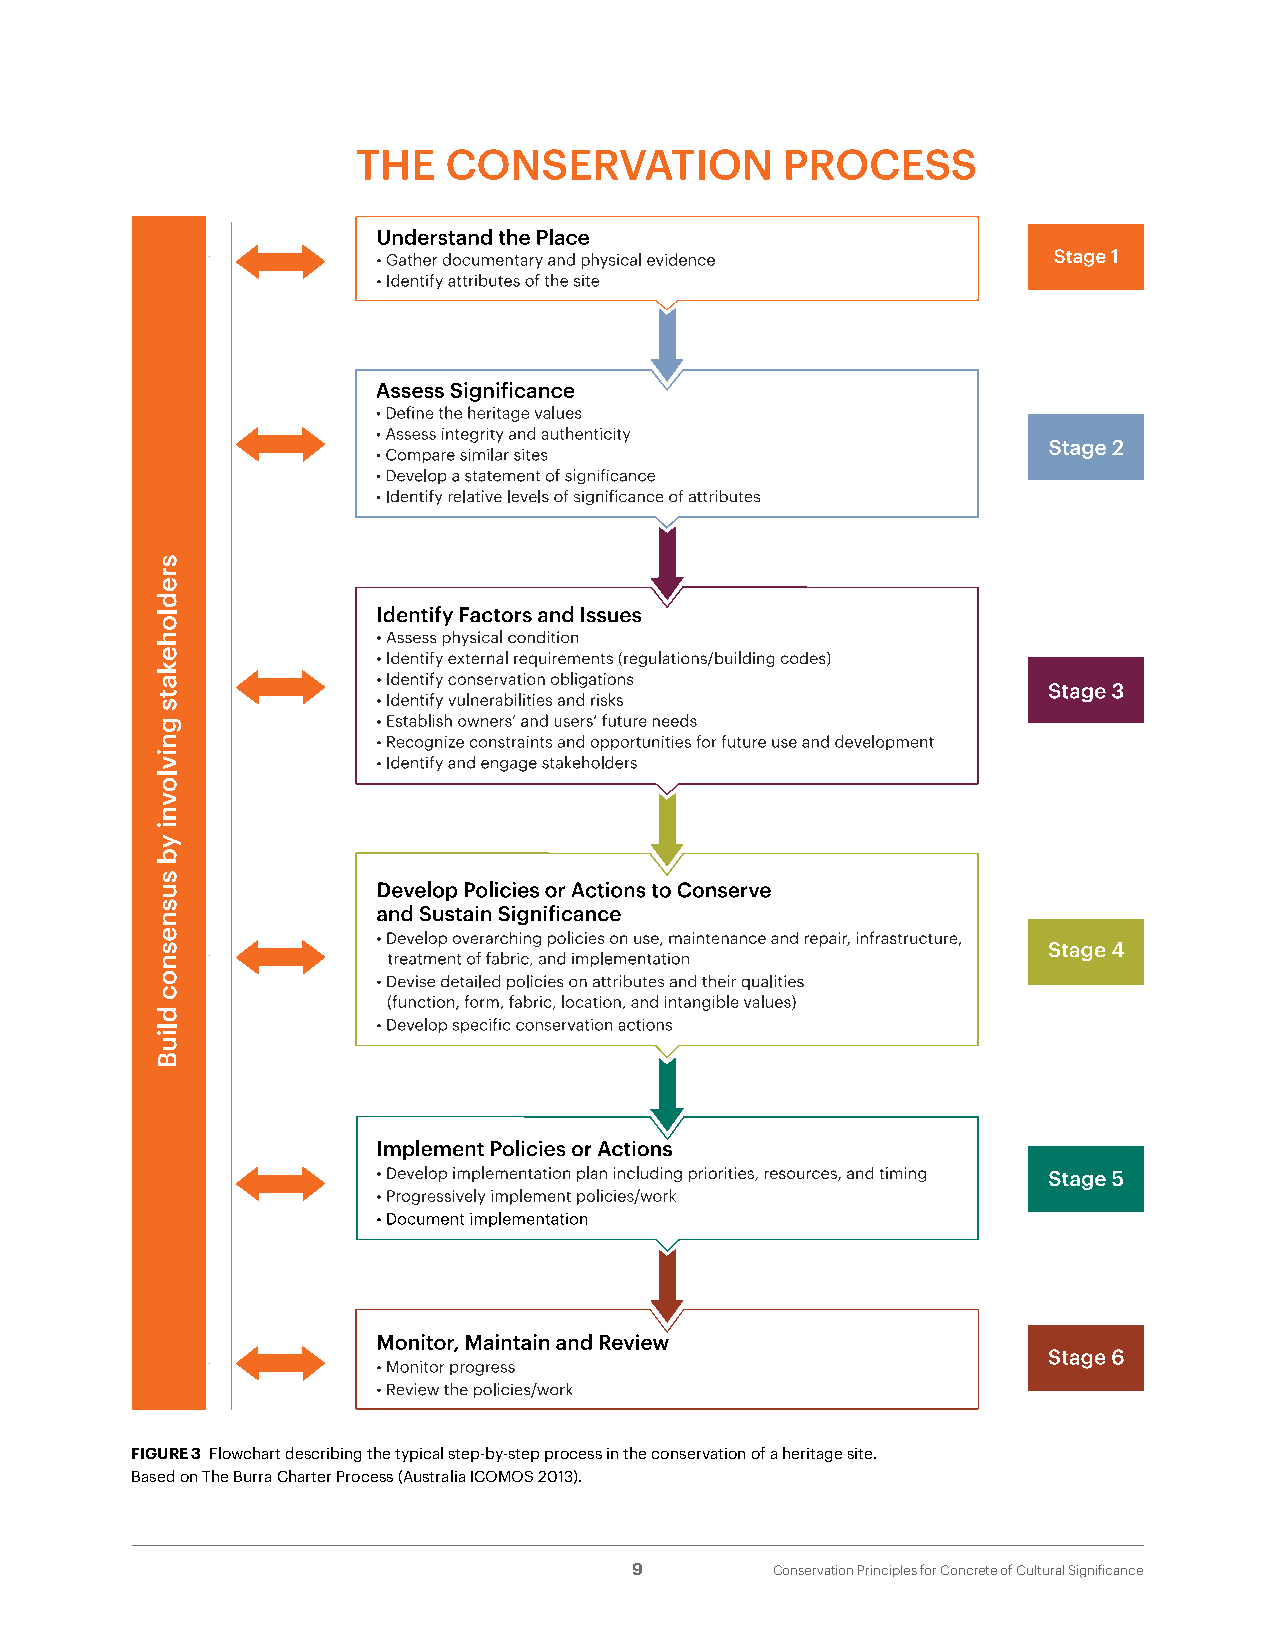
FIGURE 3 Flowchart describing the typical step-by-step process in the conservation of a heritage site.
 Based on The Burra Charter Process (Australia ICOMOS 2013).
 9        Conservation Principles for Concrete of Cultural Significance